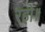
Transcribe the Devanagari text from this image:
रहो॥